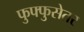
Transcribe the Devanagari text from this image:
फुफ्फुसेतर